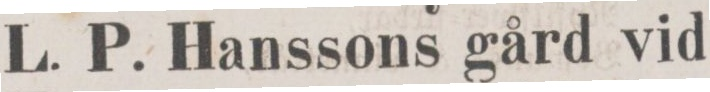
L. P. Hanssons gård vid